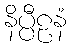
နိပ္ပီဠနံ